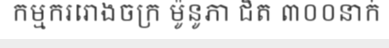
កម្មកររោងចក្រ ម៉ូនូភា ជិត ៣០០នាក់